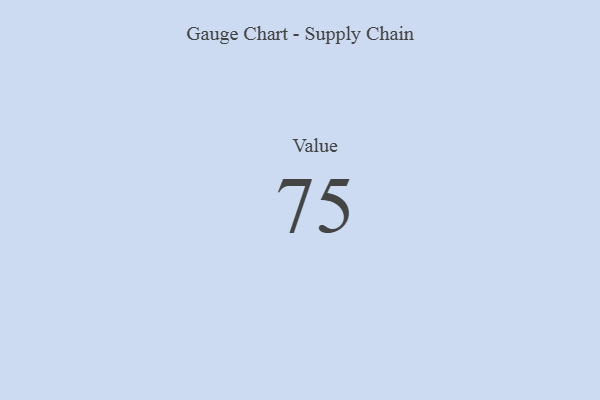
{"axis": {"x": "Metric", "y": "Value"}, "legend": [""], "data": [{"x": "Value", "y": 75, "type": ""}]}